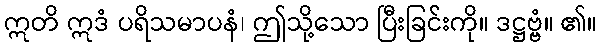
ဣတိ ဣဒံ ပရိသမာပနံ၊ ဤသို့သော ပြီးခြင်းကို။ ဒဋ္ဌဗ္ဗံ။ ၏။